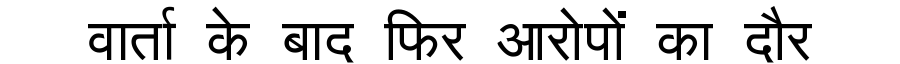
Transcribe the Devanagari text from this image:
वार्ता के बाद फिर आरोपों का दौर